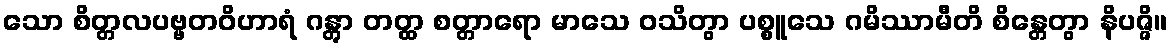
သော စိတ္တလပဗ္ဗတဝိဟာရံ ဂန္တွာ တတ္ထ စတ္တာရော မာသေ ဝသိတွာ ပစ္စူသေ ဂမိဿာမီတိ စိန္တေတွာ နိပဇ္ဇိ။